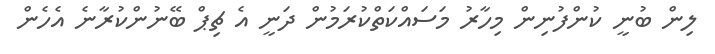
ލިން ބުނީ ކުންފުނިން މިހާރު މަސައްކަތްކުރަމުން ދަނީ އެ ޗިޕް ބޭނުންކުރާނެ އެހެން